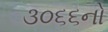
૩૦૬૬નો